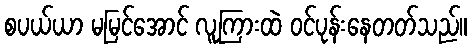
စပယ်ယာ မမြင်အောင် လူကြားထဲ ဝင်ပုန်းနေတတ်သည်။